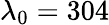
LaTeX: \lambda_{0}=304